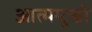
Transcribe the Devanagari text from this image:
आत्ममुखी